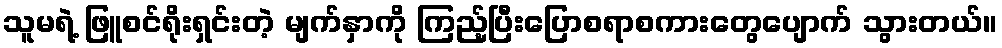
သူမရဲ့ ဖြူစင်ရိုးရှင်းတဲ့ မျက်နှာကို ကြည့်ပြီးပြောစရာစကားတွေပျောက် သွားတယ်။